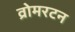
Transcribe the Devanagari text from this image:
व्रोमरटन